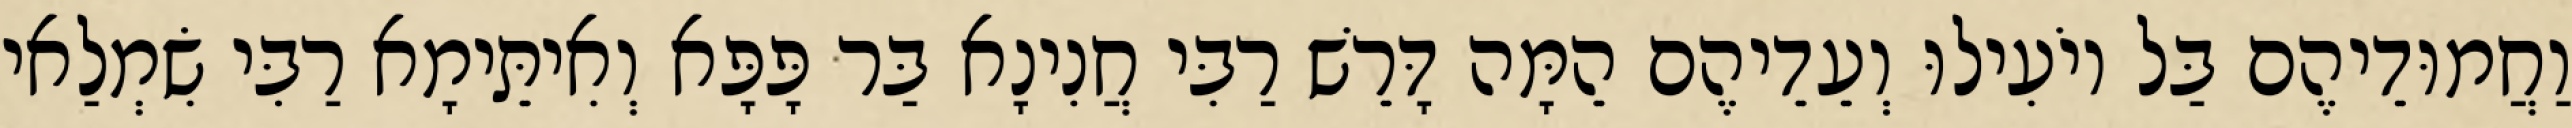
וַחֲמוּדֵיהֶם בַּל יוֹעִילוּ וְעֵדֵיהֶם הֵמָּה דָּרֵשׁ רַבִּי חֲנִינָא בַּר פָּפָּא וְאִיתֵּימָא רַבִּי שִׂמְלַאי